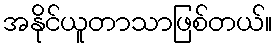
အနိုင်ယူတာသာဖြစ်တယ်။